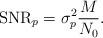
LaTeX: \begin{align*}\mathrm{SNR}_p=\sigma_p^2\frac{M}{N_0}.\end{align*}